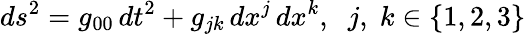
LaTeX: ds^{2}=g_{00}\, dt^{2}+g_{jk}\, dx^{j}\, dx^{k},\; \; j,\; k\in\{ 1,2,3\}